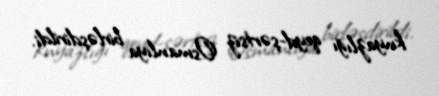
knyazlığı qeyd-şərtsiz Osmanlıya birləşdirildi.